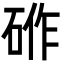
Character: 𮀟